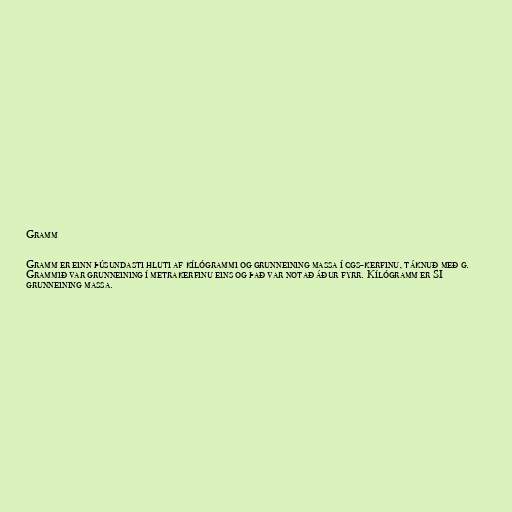
Gramm

Gramm er einn þúsundasti hluti af kílógrammi og grunneining massa í cgs-kerfinu, táknuð með g.
Grammið var grunneining í metrakerfinu eins og það var notað áður fyrr. Kílógramm er SI
grunneining massa.